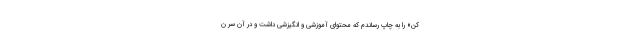
کن» را به چاپ رساندم که محتوای آموزشی و انگیزشی داشت و در آن سر ن